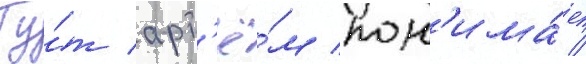
Ту́т арт'ё́м пон'има́ет /